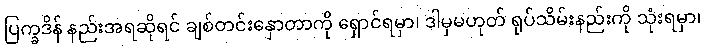
ပြက္ခဒိန် နည်းအရဆိုရင် ချစ်တင်းနှောတာကို ရှောင်ရမှာ၊ ဒါမှမဟုတ် ရုပ်သိမ်းနည်းကို သုံးရမှာ၊